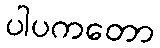
ပါပကတော